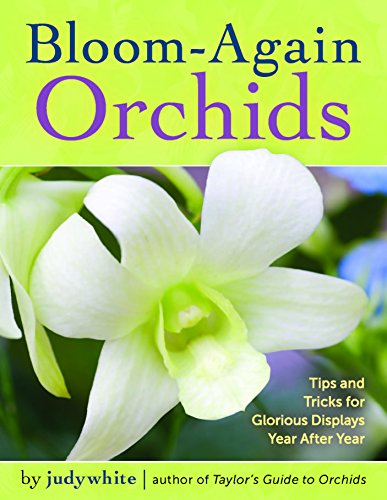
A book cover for Bloom-Again Orchids: 50 Easy-Care Orchids that Flower Again and Again and Again; judywhite; Crafts, Hobbies & Home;